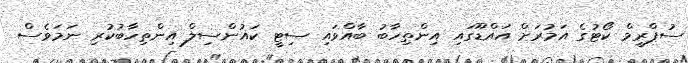
ސުޕްރީމް ކޯޓުގެ އަމުރަށް އައްޑޫގައި އިންތިހާބު ބާއްވައި ސިޓީ ކައުންސިލް އިންތިހާބުކުރި ނަމަވެސް